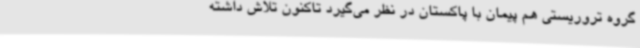
گروه تروریستی هم پیمان با پاکستان در نظر می‌گیرد تاکنون تلاش داشته